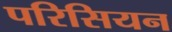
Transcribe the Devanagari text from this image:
परिसियन